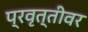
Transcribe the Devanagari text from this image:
प्रवृत्तीवर